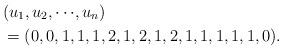
LaTeX: \begin{align*} &(u_1,u_2,\cdots\!,u_n)\\&=(0,0,1,1,1,2,1,2,1,2,1,1,1,1,1,0).\end{align*}